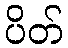
ပိတ်